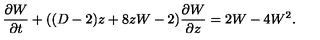
\frac { \partial W } { \partial t } + ( ( D - 2 ) z + 8 z W - 2 ) \frac { \partial W } { \partial z } = 2 W - 4 W ^ { 2 } .